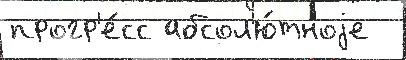
прогр'е́сс абсол'ю́тноjе